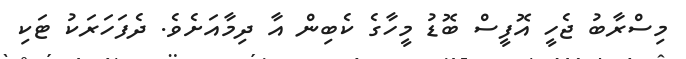
މިސްރާބު ޖެހީ އޮފީސް ބޮޑު މީހާގެ ކެބިން އާ ދިމާއަށެވެ. ދެފަހަރަކު ޓަކި